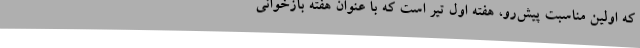
که اولین مناسبت پیش‌رو، هفته اول تیر است که با عنوان هفته بازخوانی